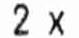
2 X